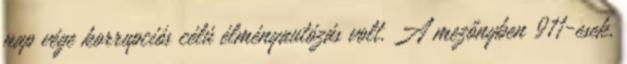
nap vége korrupciós célú élményautózás volt. A mezőnyben 911-esek,